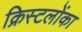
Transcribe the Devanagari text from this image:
क्रिस्टलोंका